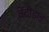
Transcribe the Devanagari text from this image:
वेंदीडाड